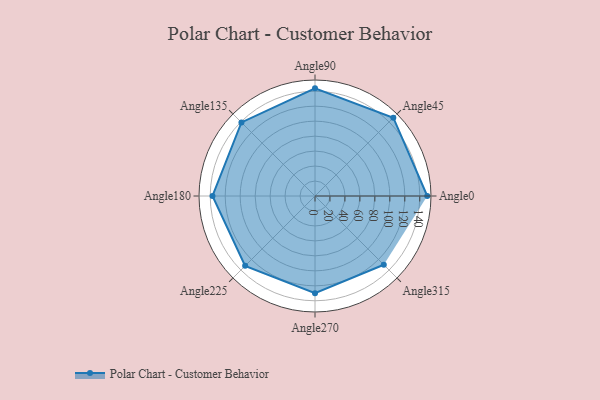
{"axis": {"x": "Angle", "y": "Radius"}, "legend": [""], "data": [{"x": "Angle0", "y": 150.0, "type": ""}, {"x": "Angle45", "y": 148.0, "type": ""}, {"x": "Angle90", "y": 144.0, "type": ""}, {"x": "Angle135", "y": 139.0, "type": ""}, {"x": "Angle180", "y": 137.0, "type": ""}, {"x": "Angle225", "y": 132.0, "type": ""}, {"x": "Angle270", "y": 130.0, "type": ""}, {"x": "Angle315", "y": 130.0, "type": ""}]}